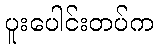
ပူးပေါင်းတပ်က